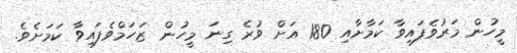
މީހުން މަރުވެފައިވާ ކަމާށާއި 180 އަށް ވުރެ ގިނަ މީހުން ޒަހަމްވެފައިވާ ކަމަށެވެ.